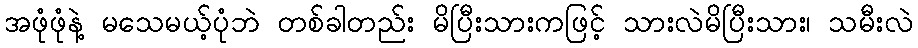
အဖုံဖုံနဲ့ မသေမယ့်ပုံဘဲ တစ်ခါတည်း မိပြီးသားကဖြင့် သားလဲမိပြီးသား၊ သမီးလဲ